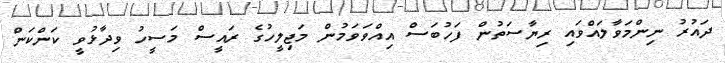
ދައުރު ނިންމަވާލައްވައި ރިޔާސަތުން ފަހުބަސް އިއްވަވަމުން މަޖިލީހުގެ ރައީސް މަސީހު ވިދާޅުވީ ކަންކަން